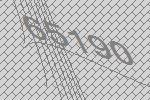
65190